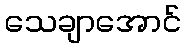
သေချာအောင်